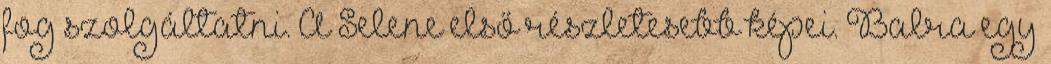
fog szolgáltatni. A Selene első részletesebb képei. Balra egy